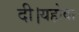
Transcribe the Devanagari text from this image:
दी।यहोवा